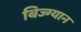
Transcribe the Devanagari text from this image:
बिज्ग्यान